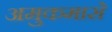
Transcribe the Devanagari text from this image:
अमुकमासे